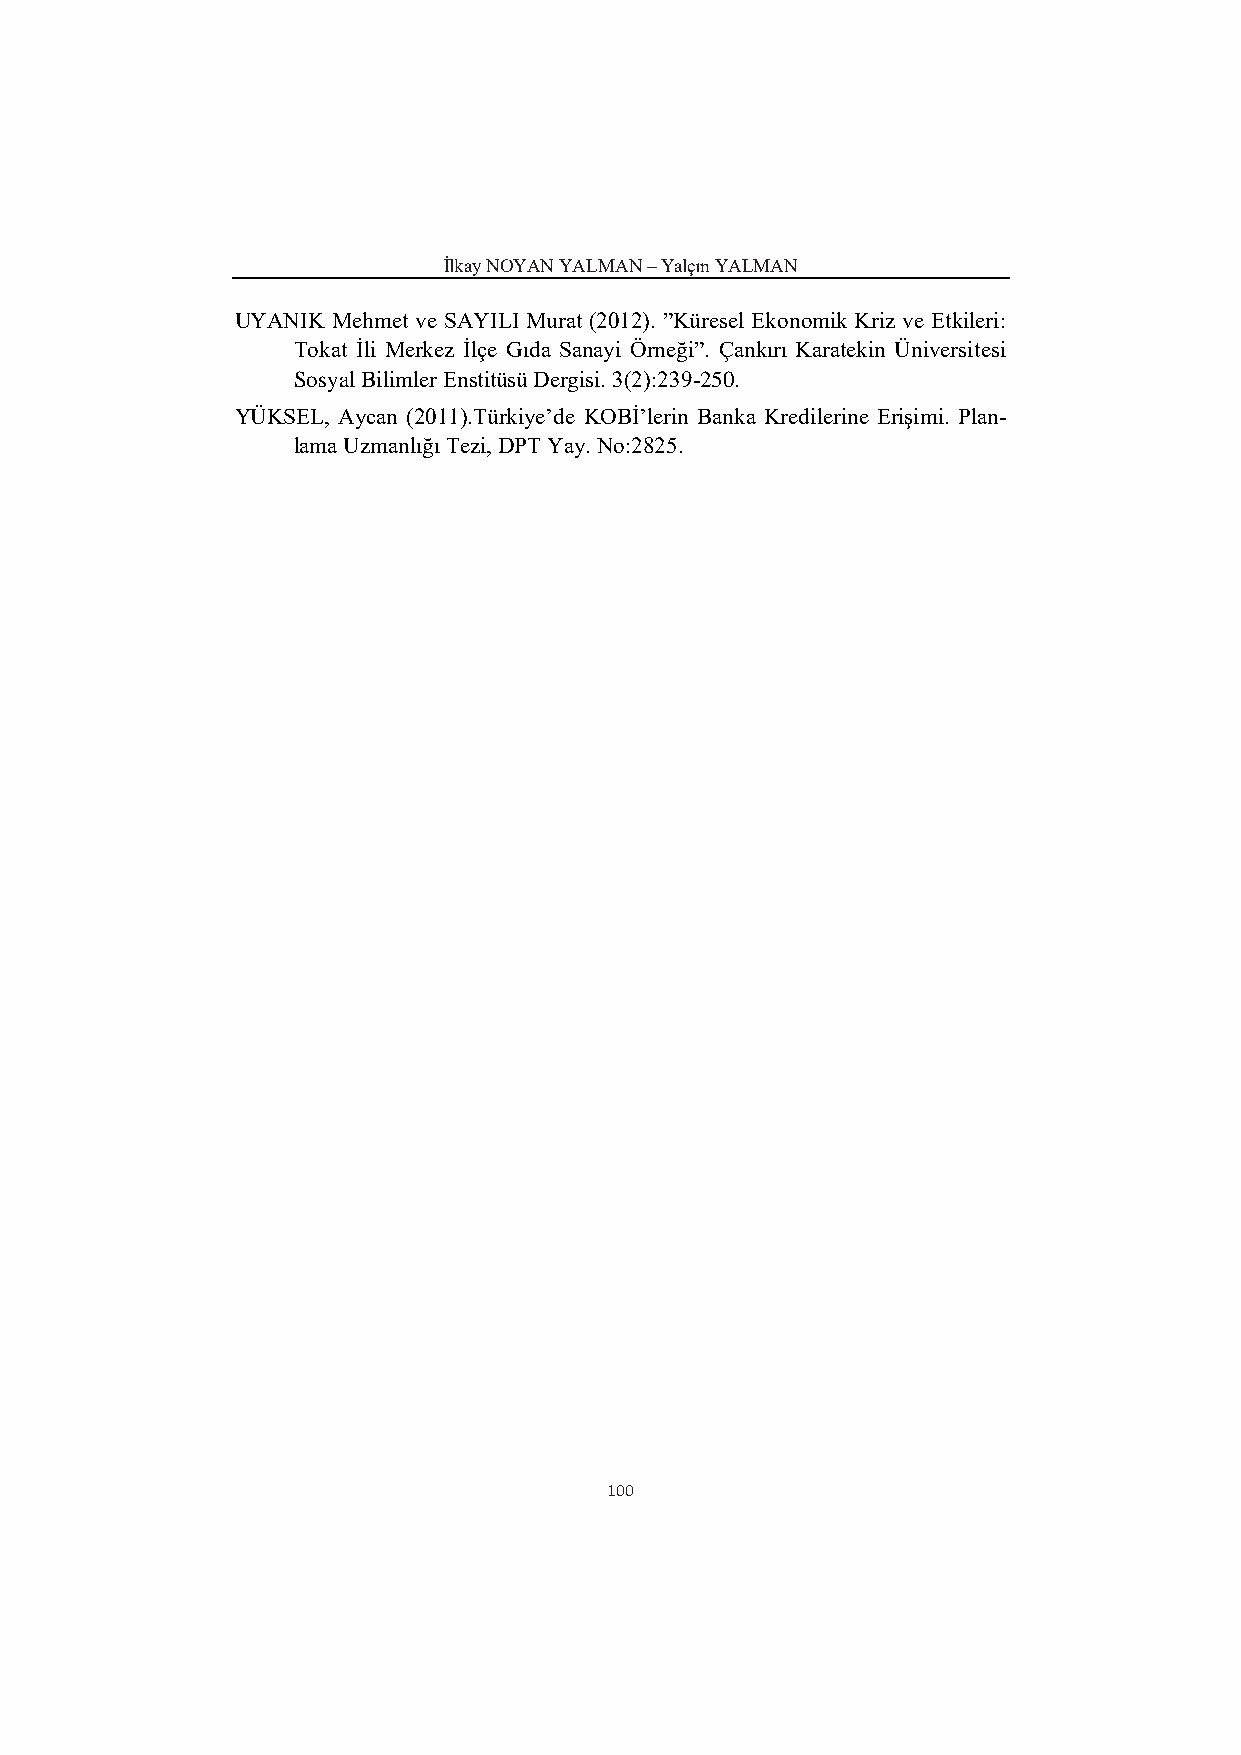
İlkay NOYAN YALMAN – Yalçın YALMAN
 UYANIK Mehmet ve SAYILI Murat (2012). ”Küresel Ekonomik Kriz ve Etkileri:
 Tokat İli Merkez İlçe Gıda Sanayi Örneği”. Çankırı Karatekin Üniversitesi
 Sosyal Bilimler Enstitüsü Dergisi. 3(2):239-250.
 YÜKSEL, Aycan (2011).Türkiye’de KOBİ’lerin Banka Kredilerine Erişimi. Plan-
 lama Uzmanlığı Tezi, DPT Yay. No:2825.
 100